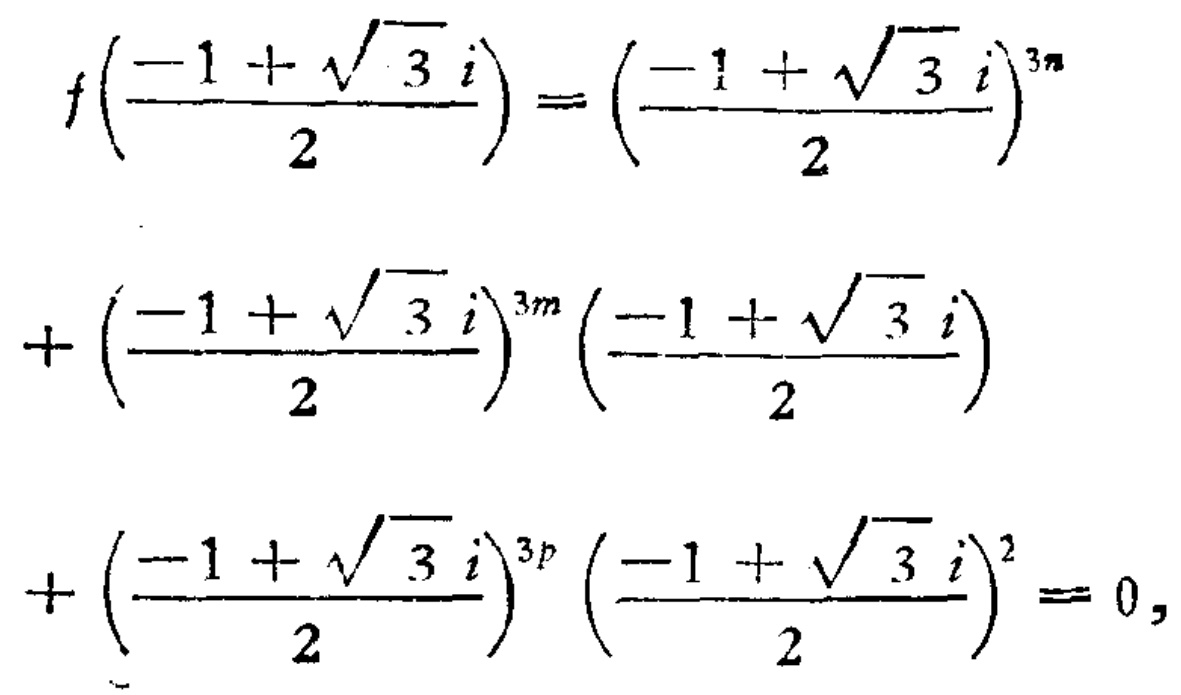
\[

\begin{align*}

&f\left(\frac{-1 + \sqrt{3}i}{2}\right)=\left(\frac{-1 + \sqrt{3}i}{2}\right)^{3n}\\

&+\left(\frac{-1 + \sqrt{3}i}{2}\right)^{3m}\left(\frac{-1 + \sqrt{3}i}{2}\right)\\

&+\left(\frac{-1 + \sqrt{3}i}{2}\right)^{3p}\left(\frac{-1 + \sqrt{3}i}{2}\right)^{2}=0,

\end{align*}

\]